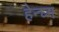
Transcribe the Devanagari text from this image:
हेन्घ्म